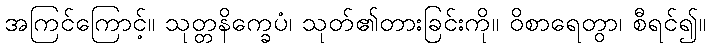
အကြင်ကြောင့်။ သုတ္တနိက္ခေပံ၊ သုတ်၏တားခြင်းကို။ ဝိစာရေတွာ၊ စီရင်၍။